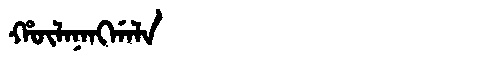
Manchu: ᡥᡡᠯᠠᠨᠠᠩᡤᠠᠯᠠ
Romanization: HŪLANANGGALA